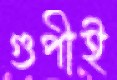
গুপীই